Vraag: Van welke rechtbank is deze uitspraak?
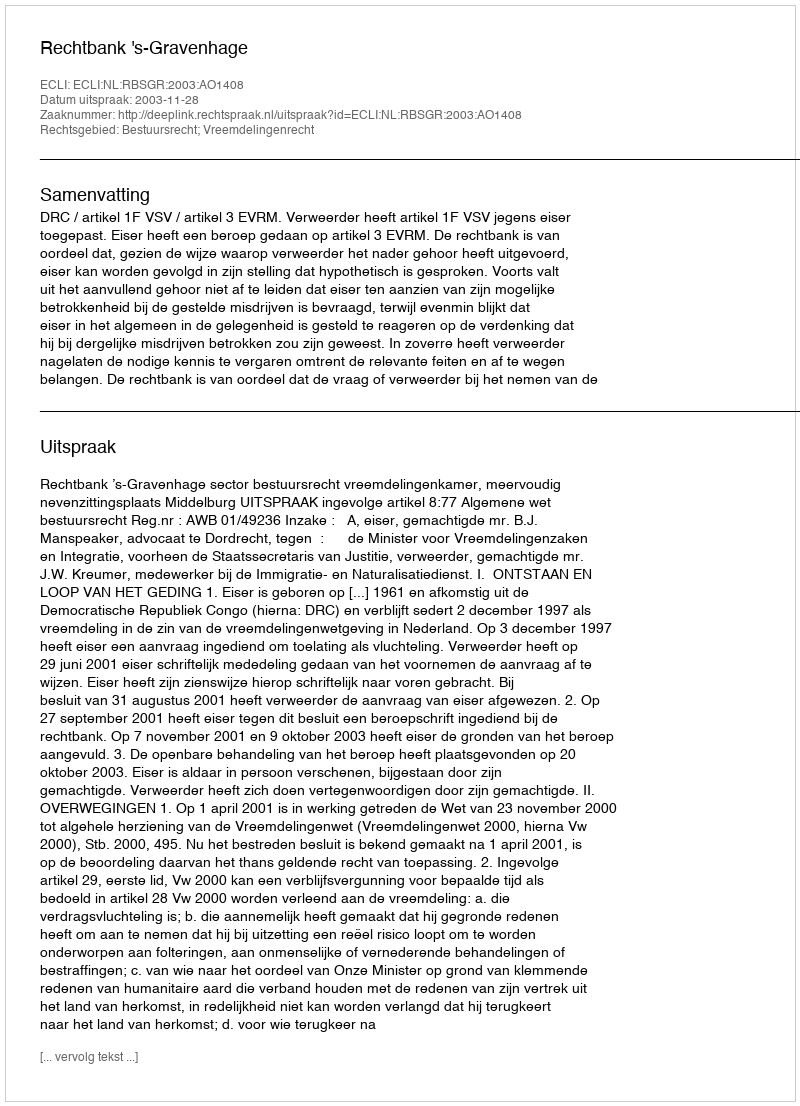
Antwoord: Rechtbank 's-Gravenhage